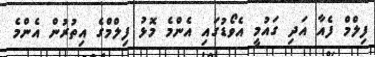
ފިލްމް ފެއާ އަދި ގައުމީ އެވޯޑުގައި އެންމެ މޮޅު ފިލްމްގެ އިތުރުން އެންމެ